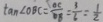
\tan \angle O B C = \frac { O C } { O B } = \frac { 3 } { 6 } = \frac { 1 } { 2 }